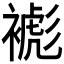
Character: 𧜺